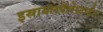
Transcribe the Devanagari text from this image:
इस्रायलपॅलेस्टाईन